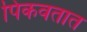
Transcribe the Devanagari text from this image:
पिकवतात